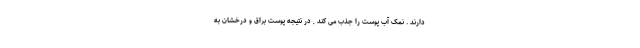
دارند . نمک آب پوست را جذب می کند , در نتیجه پوست براق و درخشان به